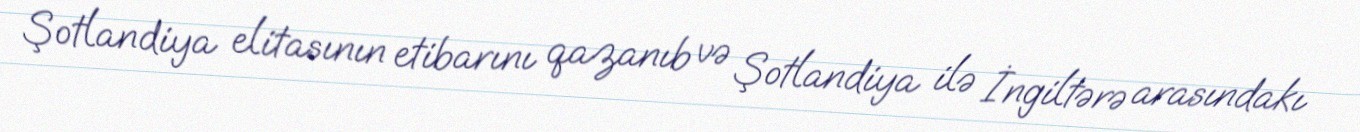
Şotlandiya elitasının etibarını qazanıb və Şotlandiya ilə İngiltərə arasındakı